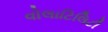
વોલાટિલિટી